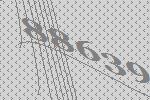
88639